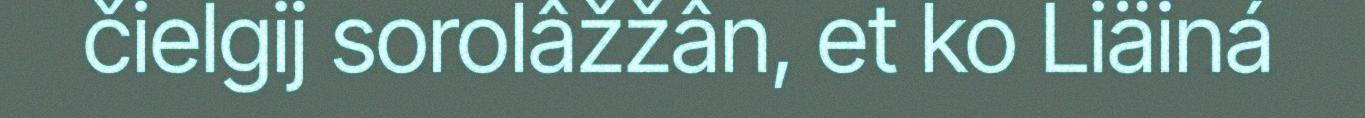
čielgij sorolâžžân, et ko Liäiná